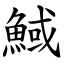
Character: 䱛